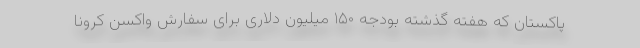
پاکستان که هفته گذشته بودجه ۱۵۰ میلیون دلاری برای سفارش واکسن کرونا